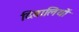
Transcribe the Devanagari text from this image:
दिवालियों